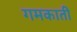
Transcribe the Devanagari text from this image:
गमकाती